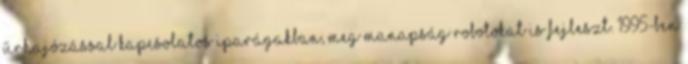
űrhajózással kapcsolatos iparágakban, meg manapság robotokat is fejleszt. 1995-ben